Lunatic asylums Madras 1892-1911 - 1892-1911
Year: 1892
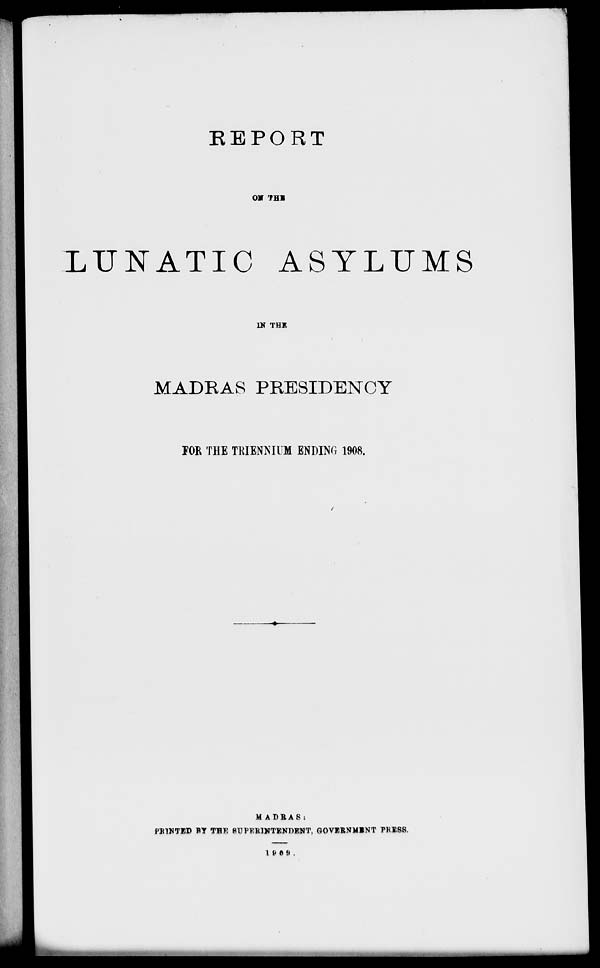
REPORT
0* THE
LUNATIC ASYLUMS
D? THE
MADRAS PRESIDENCY
FOR THE TKIENNIUM ENDING 1908.
MADBAS:
PB1NTED FT THE SUPERINTENDENT, GOVERNMENT PRESS.
1 (• 0 !) .